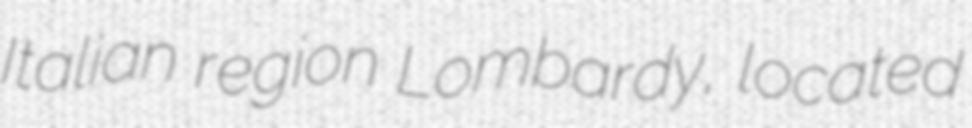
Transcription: Italian region Lombardy, located